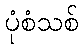
ပုံစံသစ်